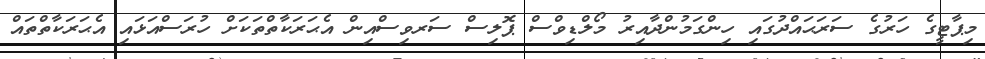
މިޕާޓީގެ ހަރުގެ ސަރަޙައްދުގައި ހިންގަމުންދާއިރު މޯލްޑިވްސް ޕޮލިސް ސަރވިސްއިން އެޙަރަކާތްތަކަށް ހުރަސްއަޅައި އެޙަރަކާތްތައް